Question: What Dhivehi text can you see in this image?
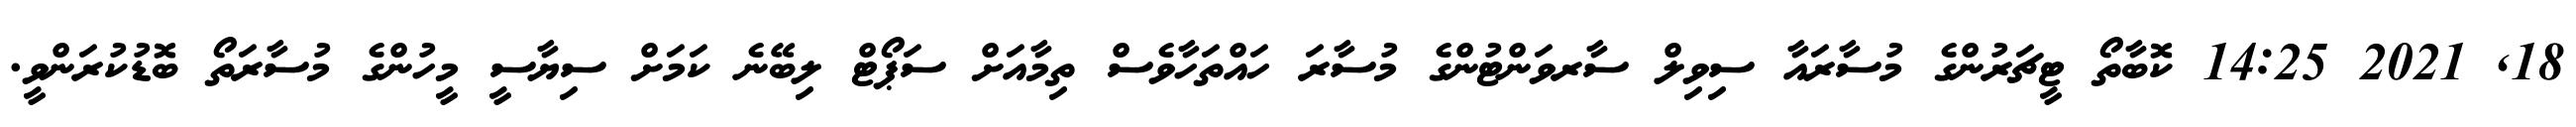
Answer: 18, 2021 14:25 ކޮބާތޯ ޓީޗަރުންގެ މުސާރައާ ސިވިލް ސާރވަންޓުންގެ މުސާރަ ހައްތަހާވެސް ތިމާއަށް ސަޕޯޓް ލިބޭނެ ކަމަށް ސިޔާސީ މީހުންގެ މުސާރަތޯ ބޮޑުކުރަންވީ.